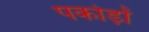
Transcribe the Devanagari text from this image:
पकोड़ों